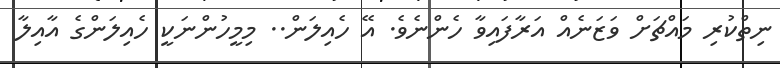
ނިތްކުރި މައްޗަށް ވަޒަނެއް އަރާފައިވާ ހެންނެވެ. އޭ ހެއިލަން.. މިމީހުންނަކީ ހެއިލަންގެ އާއިލާ